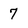
Character: 7